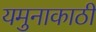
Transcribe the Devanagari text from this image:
यमुनाकाठी